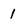
Character: 1